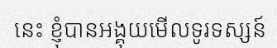
នេះ ខ្ញុំបានអង្គុយមើលទូរទស្សន៍